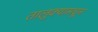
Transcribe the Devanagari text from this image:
तालुक्‍यामधून